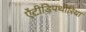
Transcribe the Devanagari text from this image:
ऐंटीडिपथीरिया